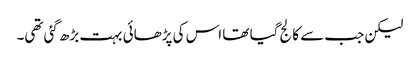
لیکن جب سے کالج گیا تھا اس کی پڑھائی بہت بڑھ گئی تھی۔